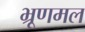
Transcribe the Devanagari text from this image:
भ्रूणमल